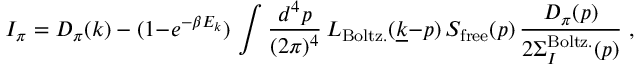
I _ { \pi } = D _ { \pi } ( k ) - ( 1 { - } e ^ { - \beta E _ { k } } ) \, \int { \frac { d ^ { 4 } p } { ( 2 \pi ) ^ { 4 } } } \, L _ { \mathrm { B o l t z . } } ( \underline { { { k } } } { - } p ) \, S _ { \mathrm { f r e e } } ( p ) \, { \frac { D _ { \pi } ( p ) } { 2 \Sigma _ { I } ^ { \mathrm { B o l t z . } } ( p ) } } \; ,